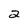
Character: 2